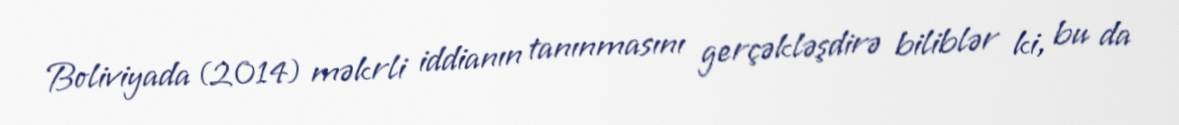
Boliviyada (2014) məkrli iddianın tanınmasını gerçəkləşdirə biliblər ki, bu da